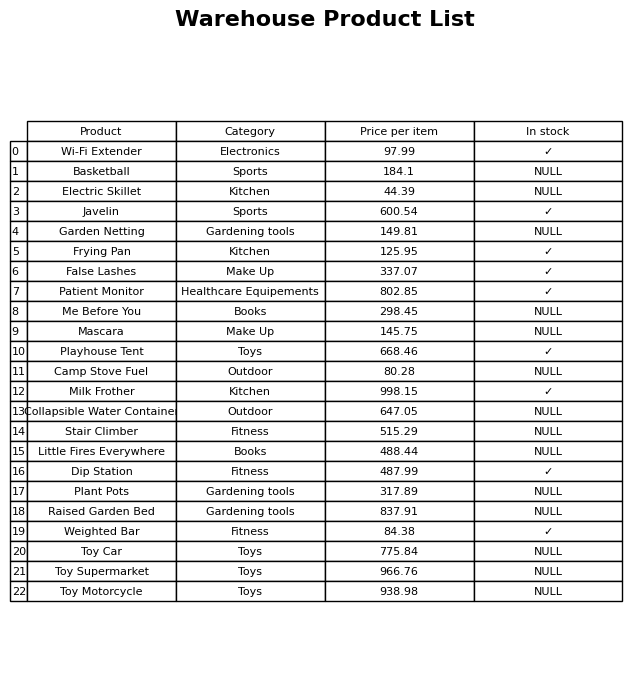
question: What category does the Patient Monitor belong to?
answer: Healthcare Equipements